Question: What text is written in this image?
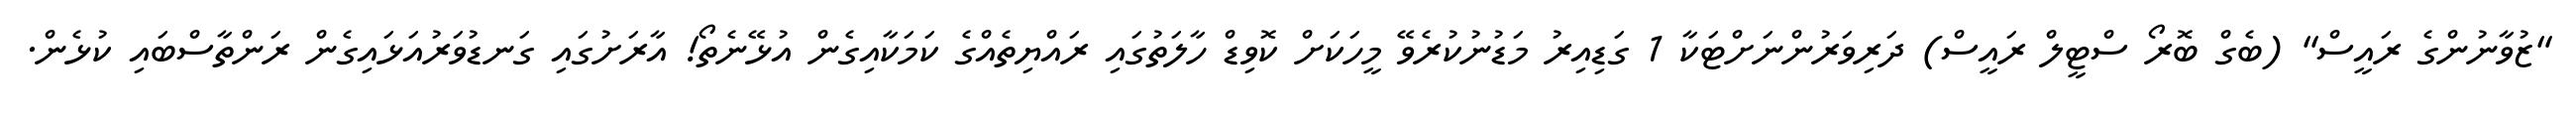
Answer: "ޒުވާނުންގެ ރައީސް" (ބެގް ބޮރޯ ސްޓީލް ރައީސް) ދަރިވަރުންނަށްޓަކާ 1 ގަޑިއިރު މަޑުނުކުރެވޭ މީހަކަށް ކޮވިޑް ހާލަތުގައި ރައްޔިތެއްގެ ކަމަކާއިގެން އުޅޭނެތޯ! އާރަށުގައި ގަނޑުވަރުއަޅައިގެން ރަންތާސްބައި ކުޅެން.